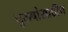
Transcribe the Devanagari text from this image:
पुरुषांसाठीच